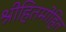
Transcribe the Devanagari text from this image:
श्रीहितमोहित